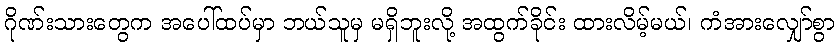
ဂိုဏ်းသားတွေက အပေါ်ထပ်မှာ ဘယ်သူမှ မရှိဘူးလို့ အထွက်ခိုင်း ထားလိမ့်မယ်၊ ကံအားလျှော်စွာ